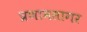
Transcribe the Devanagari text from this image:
प्रणामसागर